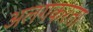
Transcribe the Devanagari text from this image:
अलगकरता